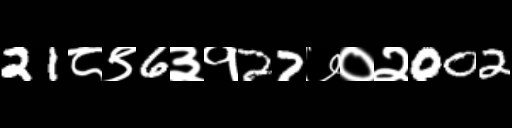
Text: 21८९6३१27७०२002